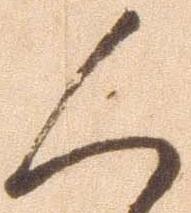
人